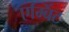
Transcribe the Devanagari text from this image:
एम्बिंट